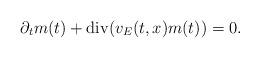
LaTeX: \begin{align*}\partial_tm(t)+\operatorname{div} (v_E(t,x)m(t))=0.\end{align*}